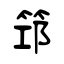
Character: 筇